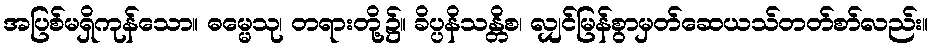
အပြစ်မရှိကုန်သော။ ဓမ္မေသု၊ တရားတို့၌။ ခိပ္ပနိသန္တိစ၊ လျှင်မြန်စွာမှတ်ဆေယသ်တတ်စာ်လည်း။